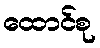
ထောင်စု